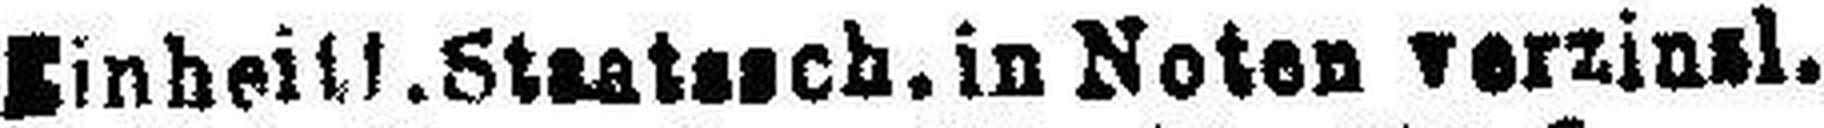
Einheitl.Staat###ch. in Noten verzin###l.